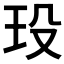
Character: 𤤄